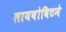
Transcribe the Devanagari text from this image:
लायबोविटने